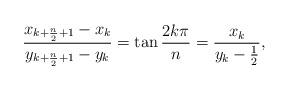
LaTeX: \begin{align*}\frac{x_{k+\frac{n}{2}+1} - x_{k}}{y_{k+\frac{n}{2}+1} - y_{k}} = \tan \frac{2k\pi}{n} = \frac{x_{k}}{y_{k} - \frac{1}{2}},\end{align*}